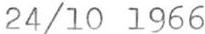
24/10 1966